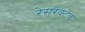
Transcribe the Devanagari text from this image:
रेसरेक्टेड